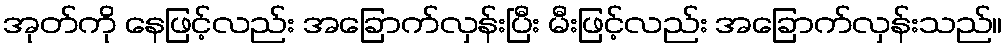
အုတ်ကို နေဖြင့်လည်း အခြောက်လှန်းပြီး မီးဖြင့်လည်း အခြောက်လှန်းသည်။